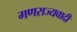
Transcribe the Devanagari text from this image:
गणराज्यवादीं